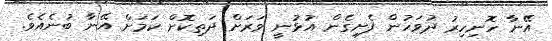
އޭނާ ހޮނިހިރު ދުވަހުން ފެށިގެން އުޅުނީ ވަރަށް ދަތިކޮށް ކަމަށް އޭނާ ބުނެއެވެ.